Scottish Leaving Certificate Examination, 1953
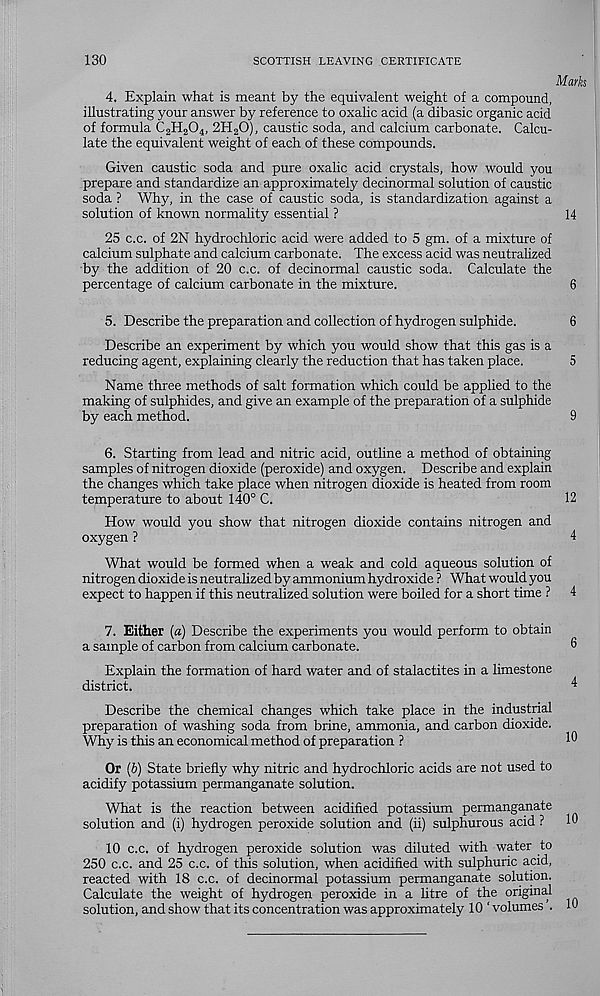
130
SCOTTISH LEAVING CERTIFICATE
Marks
4. Explain what is meant by the equivalent weight of a compound,
illustrating your answer by reference to oxalic acid (a dibasic organic acid
of formula C 2 H 2 0 4 , 2H 2 0), caustic soda, and calcium carbonate. Calcu-
late the equivalent weight of each of these compounds.
Given caustic soda and pure oxalic acid crystals, how would you
prepare and standardize an approximately decinormal solution of caustic
soda ? Why, in the case of caustic soda, is standardization against a
solution of known normality essential ?
14
25 c.c. of 2N hydrochloric acid were added to 5 gm. of a mixture of
calcium sulphate and calcium carbonate. The excess acid was neutralized
by the addition of 20 c.c. of decinormal caustic soda. Calculate the
percentage of calcium carbonate in the mixture.
6
5. Describe the preparation and collection of hydrogen sulphide.
6
Describe an experiment by which you would show that this gas is a
reducing agent, explaining clearly the reduction that has taken place.
5
Name three methods of salt formation which could be applied to the
making of sulphides, and give an example of the preparation of a sulphide
by each method.
9
6. Starting from lead and nitric acid, outline a method of obtaining
samples of nitrogen dioxide (peroxide) and oxygen. Describe and explain
the changes which take place when nitrogen dioxide is heated from room
temperature to about 140° C.
12
How would you show that nitrogen dioxide contains nitrogen and
oxygen ?
4
What would be formed when a weak and cold aqueous solution of
nitrogen dioxide is neutralized by ammonium hydroxide ? What would you
expect to happen if this neutralized solution were boiled for a short time ? 4
7. Either (a) Describe the experiments you would perform to obtain
a sample of carbon from calcium carbonate.
Explain the formation of hard water and of stalactites in a limestone
district.
Describe the chemical changes which take place in the industrial
preparation of washing soda from brine, ammonia, and carbon dioxide.
Why is this an economical method of preparation ?
Or (b) State briefly why nitric and hydrochloric acids are not used to
acidify potassium permanganate solution.
What is the reaction between acidified potassium permanganate
solution and (i) hydrogen peroxide solution and (ii) sulphurous acid ? 10
10 c.c. of hydrogen peroxide solution was diluted with water to
250 c.c. and 25 c.c. of this solution, when acidified with sulphuric acid,
reacted with 18 c.c. of decinormal potassium permanganate solution.
Calculate the weight of hydrogen peroxide in a litre of the original
solution, and show that its concentration was approximately 10 ‘ volumes . 10